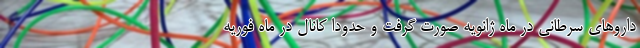
داروهای سرطانی در ماه ژانویه صورت گرفت و حدودا کانال در ماه فوریه